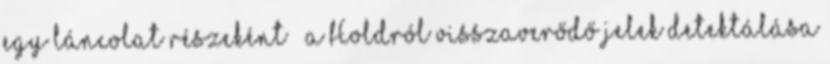
egy láncolat részeként – a Holdról visszaverődő jelek detektálása